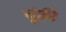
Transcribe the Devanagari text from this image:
चूंकी